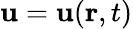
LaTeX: \mathbf{u}=\mathbf{u}(\mathbf{{r}},t)